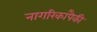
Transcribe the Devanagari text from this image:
नागरिकांपैकी